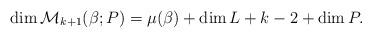
LaTeX: \begin{align*}\dim{\mathcal M}_{k+1}(\beta;P)=\mu(\beta) + \dim L + k -2+\dim P.\end{align*}